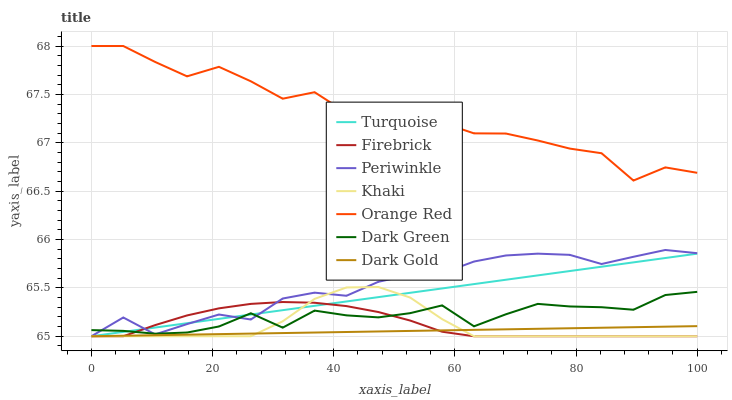
| xaxis_label | Turquoise | Firebrick | Periwinkle | Khaki | Orange Red | Dark Green | Dark Gold |
 | --- | --- | --- | --- | --- | --- | --- | --- |
 | 0 | 65 | 65 | 65 | 65 | 68 | 65.1 | 65 |
 | 5.26 | 65 | 65 | 65.2 | 65 | 68 | 65.1 | 65 |
 | 10.5 | 65.1 | 65.1 | 65 | 65 | 67.8 | 65 | 65 |
 | 15.8 | 65.1 | 65.2 | 65.1 | 65 | 67.7 | 65 | 65 |
 | 21.1 | 65.2 | 65.3 | 65.2 | 65 | 67.8 | 65.1 | 65 |
 | 26.3 | 65.2 | 65.3 | 65.2 | 65 | 67.6 | 65.2 | 65 |
 | 31.6 | 65.3 | 65.4 | 65.4 | 65.2 | 67.5 | 65.1 | 65 |
 | 36.8 | 65.3 | 65.3 | 65.5 | 65.4 | 67.5 | 65.3 | 65 |
 | 42.1 | 65.4 | 65.3 | 65.4 | 65.5 | 67.3 | 65.2 | 65 |
 | 47.4 | 65.4 | 65.3 | 65.6 | 65.5 | 67.2 | 65.2 | 65 |
 | 52.6 | 65.4 | 65.2 | 65.6 | 65.4 | 67.2 | 65.2 | 65.1 |
 | 57.9 | 65.5 | 65 | 65.7 | 65.2 | 67.2 | 65.3 | 65.1 |
 | 63.2 | 65.5 | 65 | 65.8 | 65 | 67.1 | 65.1 | 65.1 |
 | 68.4 | 65.6 | 65 | 65.8 | 65 | 67.1 | 65.2 | 65.1 |
 | 73.7 | 65.6 | 65 | 65.9 | 65 | 67 | 65.3 | 65.1 |
 | 78.9 | 65.7 | 65 | 65.8 | 65 | 66.9 | 65.3 | 65.1 |
 | 84.2 | 65.7 | 65 | 65.7 | 65 | 66.9 | 65.3 | 65.1 |
 | 89.5 | 65.8 | 65 | 65.8 | 65 | 66.6 | 65.3 | 65.1 |
 | 94.7 | 65.8 | 65 | 65.9 | 65 | 66.7 | 65.4 | 65.1 |
 | 100 | 65.9 | 65 | 65.9 | 65 | 66.7 | 65.5 | 65.1 |